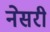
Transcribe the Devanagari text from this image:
नेसरी